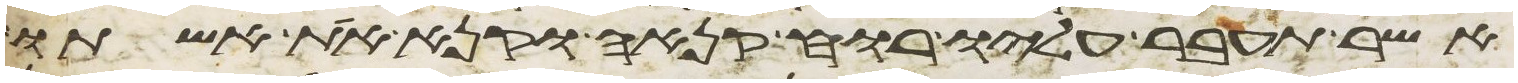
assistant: אשר תעבר עליו רוח קנאה וקנא את אשתו